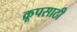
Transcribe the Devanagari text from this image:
क्रूपसाठी